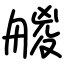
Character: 艐